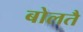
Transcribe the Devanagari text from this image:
बोलतै